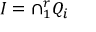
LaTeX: I = \cap _ { 1 } ^ { r } Q _ { i }